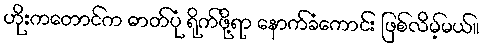
ဟိုးကတောင်က ဓာတ်ပုံ ရိုက်ဖို့ရာ နောက်ခံကောင်း ဖြစ်လိမ့်မယ်။